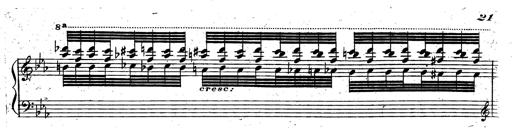
Title: Rondeau fantastique sur un thÃ¨me espagnol
Composer: Franz Liszt